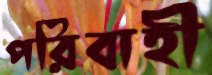
পরিবাহী